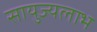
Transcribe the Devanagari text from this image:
सायुज्यलाभ